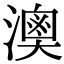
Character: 𤀈